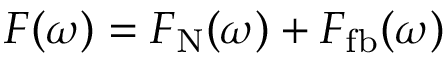
F ( \omega ) = F _ { \mathrm { N } } ( \omega ) + F _ { \mathrm { f b } } ( \omega )